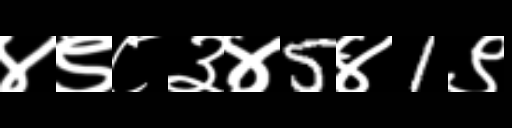
Text: ४९८३४5४1९